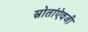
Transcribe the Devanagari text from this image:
स्रोतांऐवजी